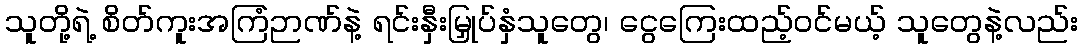
သူတို့ရဲ့ စိတ်ကူးအကြံဉာဏ်နဲ့ ရင်းနှီးမြှုပ်နှံသူတွေ၊ ငွေကြေးထည့်ဝင်မယ့် သူတွေနဲ့လည်း